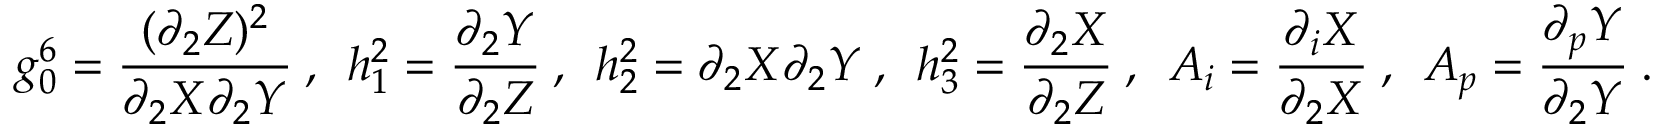
g _ { 0 } ^ { 6 } = \frac { ( \partial _ { 2 } Z ) ^ { 2 } } { \partial _ { 2 } X \partial _ { 2 } Y } ~ , ~ ~ h _ { 1 } ^ { 2 } = \frac { \partial _ { 2 } Y } { \partial _ { 2 } Z } ~ , ~ ~ h _ { 2 } ^ { 2 } = \partial _ { 2 } X \partial _ { 2 } Y ~ , ~ ~ h _ { 3 } ^ { 2 } = \frac { \partial _ { 2 } X } { \partial _ { 2 } Z } ~ , ~ ~ A _ { i } = \frac { \partial _ { i } X } { \partial _ { 2 } X } ~ , ~ ~ A _ { p } = \frac { \partial _ { p } Y } { \partial _ { 2 } Y } ~ .